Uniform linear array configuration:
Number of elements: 48
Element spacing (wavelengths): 0.25
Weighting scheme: kaiser
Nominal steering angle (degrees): -60
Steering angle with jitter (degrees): -58.747
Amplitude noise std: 0.05
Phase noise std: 0.05

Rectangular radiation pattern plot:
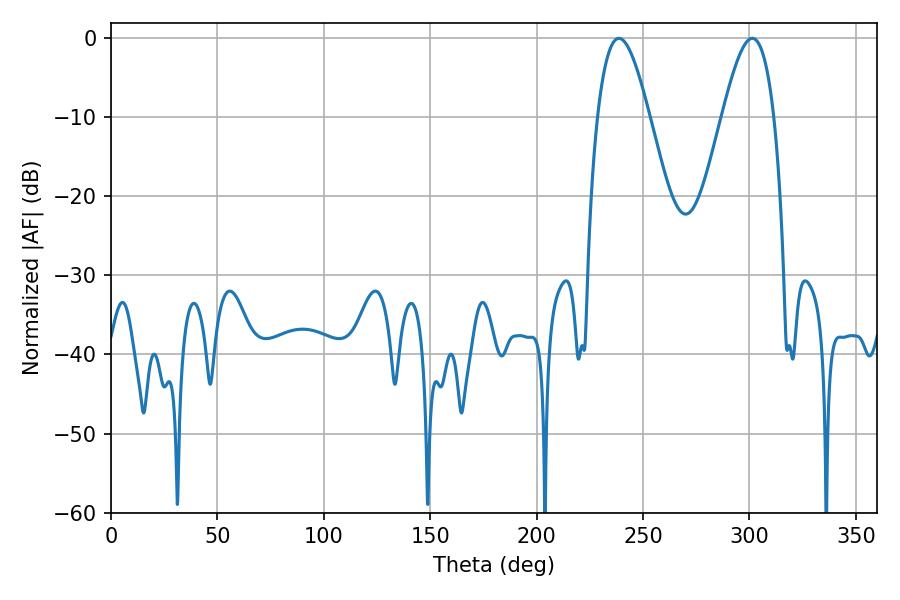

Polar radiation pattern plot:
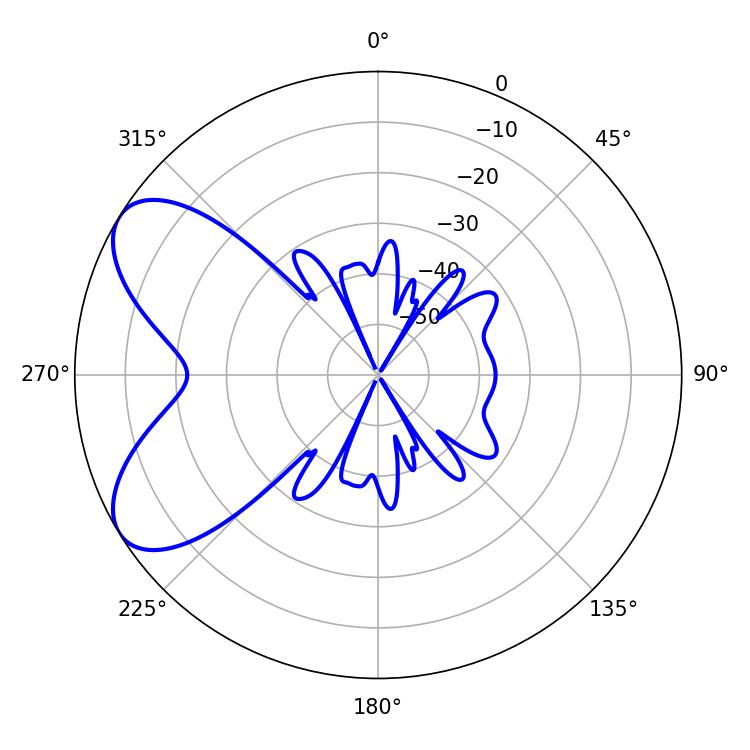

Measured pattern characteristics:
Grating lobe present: FALSE
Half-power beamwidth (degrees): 13.14
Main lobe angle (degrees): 238.68